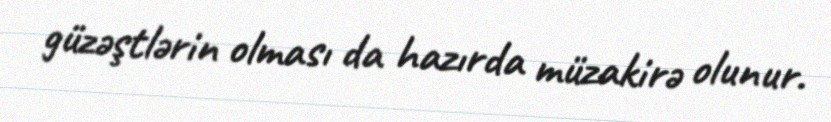
güzəştlərin olması da hazırda müzakirə olunur.